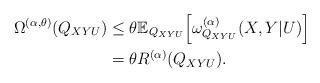
LaTeX: \begin{align*}\Omega^{(\alpha,\theta)}(Q_{XYU}) & \leq\theta\mathbb{E}_{Q_{XYU}}\Big[\omega_{Q_{XYU}}^{(\alpha)}(X,Y|U)\Big]\\ & =\theta R^{(\alpha)}(Q_{XYU}).\end{align*}